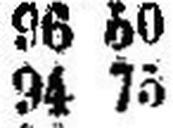
94 75